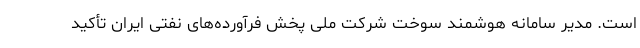
است. مدیر سامانه هوشمند سوخت شرکت ملی پخش فرآورده‌های نفتی ایران تأکید